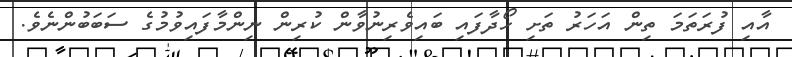
އާއި ފުރަތަމަ ތިން އަހަރު ތަށި ހޯދާފައި ބައިވެރިނުވާން ކުރިން ނިންމާފައިވުމުގެ ސަބަބުންނެވެ.